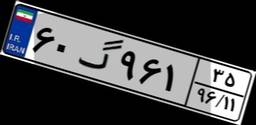
۶۰گ۹۶۱۳۵